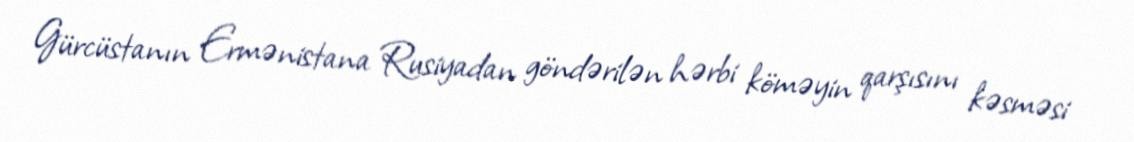
Gürcüstanın Ermənistana Rusiyadan göndərilən hərbi köməyin qarşısını kəsməsi